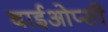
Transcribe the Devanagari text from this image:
बाईओप्सी